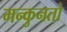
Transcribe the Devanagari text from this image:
मन्कुनतो